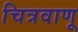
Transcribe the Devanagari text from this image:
चित्रवाणू